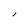
Character: i